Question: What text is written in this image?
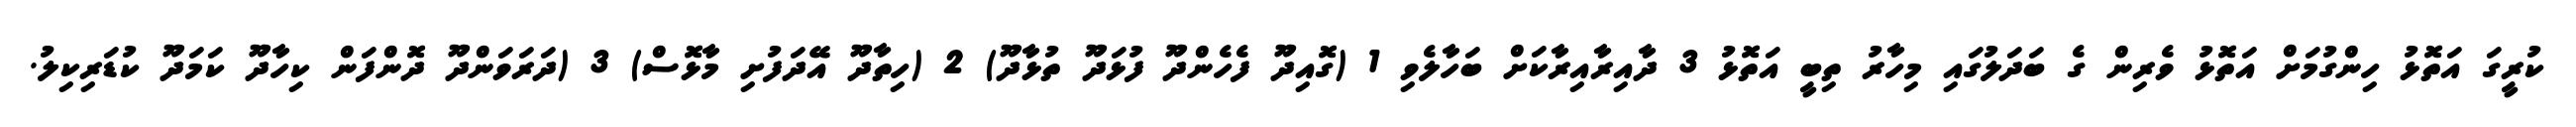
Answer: ކުރީގަ އަތޮޅު ހިންގުމަށް އަތޮޅު ވެރިން ގެ ބަދަލުގައި މިހާރު ތިބީ އަތޮޅު 3 ދާއިރާއިރާކަށް ބަހާލެވި 1 (ގޮއިދޫ ފެހެންދޫ ފުޅަދޫ ތުޅާދޫ) 2 (ހިތާދޫ އޭދަފުށި މާޅޮސް) 3 (ދަރަވަންދޫ ދޮންފަން ކިހާދޫ ކަމަދޫ ކުޑަރިކިލު.